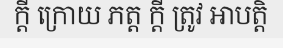
ក្តី ក្រោយ ភត្ត ក្តី ត្រូវ អាបត្តិ